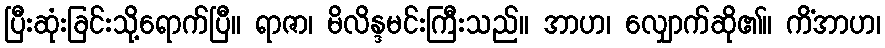
ပြီးဆုံးခြင်းသို့ရောက်ပြီ။ ရာဇာ၊ မိလိန္ဒမင်းကြီးသည်။ အာဟ၊ လျှောက်ဆို၏။ ကိံအာဟ၊